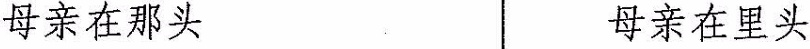
母亲在那头 母亲在里头